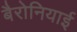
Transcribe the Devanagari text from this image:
बैरोनियाई